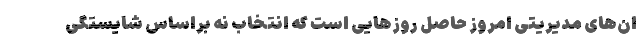
ان‌های مدیریتی امروز حاصل روزهایی است که انتخاب نه براساس شایستگی